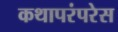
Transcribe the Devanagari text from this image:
कथापरंपरेस